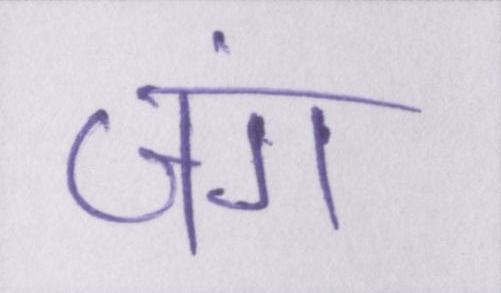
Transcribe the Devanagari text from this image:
जंग